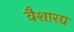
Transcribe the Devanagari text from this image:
वैशारद्य